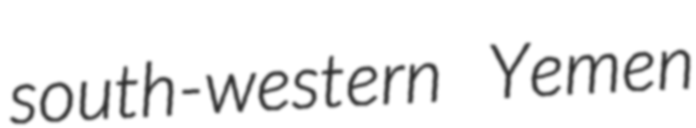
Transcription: south-western Yemen